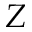
Z